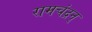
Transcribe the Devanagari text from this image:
रामचंद्रन्‌